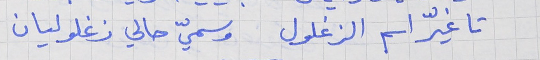
تا غيّر اسم الزغلول     وسميّ حالي زغلوليان